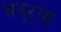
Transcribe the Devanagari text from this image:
भद्‌ऱ्या